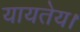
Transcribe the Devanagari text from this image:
यायतेय।